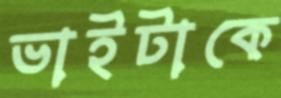
ভাইটাকে